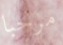
مرحبا